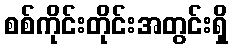
စစ်ကိုင်းတိုင်းအတွင်းရှိ